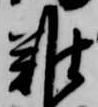
難